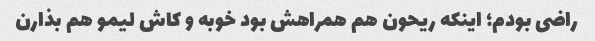
راضی بودم؛ اینکه ریحون هم همراهش بود خوبه و کاش لیمو هم بذارن